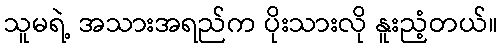
သူမရဲ့ အသားအရည်က ပိုးသားလို နူးညံ့တယ်။